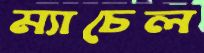
ম্যাচেল